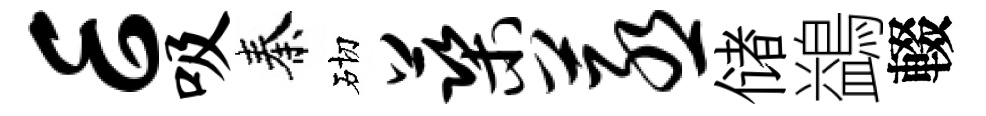
E吸秦砌蕖蒸储鷁輟